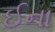
ઈના